Vaccination in Bombay 1874-1876 - 1874-1876
Year: 1874
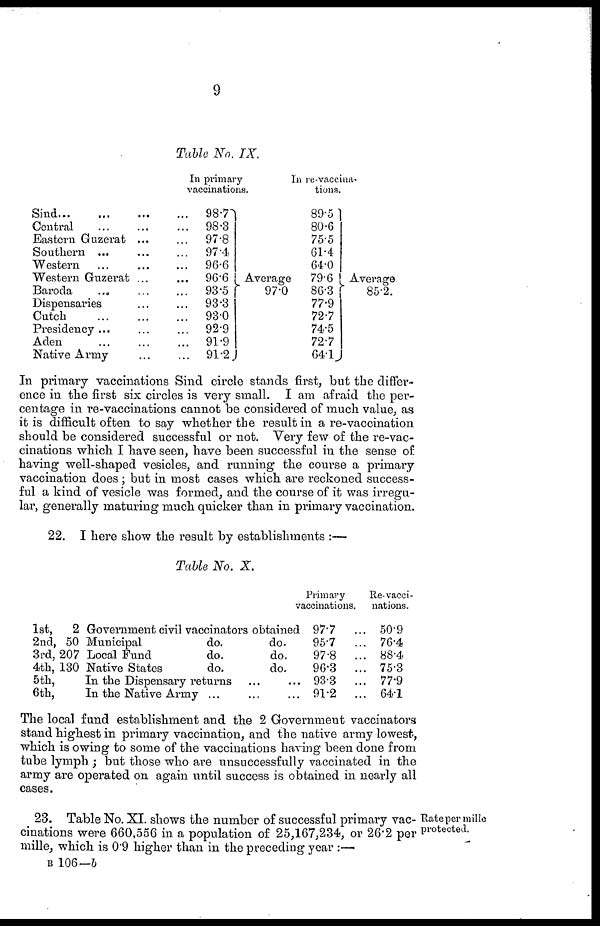
9
Table No. IX.
Sind
...
...
...
...
Central ... ... ...
Eastern Guzerat ... ...
Southern ... ... ...
Western ... ... ...
Western Guzerat ... ...
Baroda ... ... ...
Dispensaries ... ...
Cutch
...
...
...
Presidency ... ... ...
Aden ... ... ...
Native Army ... ...
In primary
vaccinations.
98.7
98.3
97.8
97.4
96.6
96.6
93.5
93.3
93.0
92.9
91.9
91.2
Average
97.0
In re-vaccina-
tions.
89.5
80.6
75.5
61.4
64.0
79.6
86.3
77.9
72.7
74.5
72.7
64.1
Average
85.2.
In primary vaccinations Sind circle stands first, but the differ-
ence in the first six circles is very small. I am afraid the per-
centage in re-vaccinations cannot be considered of much value, as
it is difficult often to say whether the result in a re-vaccination
should be considered successful or not. Very few of the re-vac-
cinations which I have seen, have been successful in the sense of
having well-shaped vesicles, and running the course a primary
vaccination does ; but in most cases which are reckoned success-
ful a kind of vesicle was formed, and the course of it was irregu-
lar, generally maturing much quicker than in primary vaccination.
22. I here show the result by establishments :—
Table No. X.
1st,
2nd,
3rd,
4th,
5th,
6th,
2 Government civil vaccinators obtained
50 Municipal
do.
do.
207 Local Fund
do.
do.
130 Native States
do.
do.
In the Dispensary returns
...
...
In the Native Army ...
...
...
Primary
vaccinations.
97.7 ...
95.7 ...
97.8
...
96.3
...
93.3 ...
91.2 ...
Re-vacci-
nations.
50.9
76.4
88.4
75.3
77.9
64.1
The local fund establishment and the 2 Government vaccinators
stand highest in primary vaccination, and the native army lowest,
which is owing to some of the vaccinations having been done from
tube lymph ; but those who are unsuccessfully vaccinated in the
army are operated on again until success is obtained in nearly all
cases.
Rate per mille
protected.
23. Table No. XI. shows the number of successful primary vac-
cinations were 660,556 in a population of 25,167,234, or 26.2 per
mille, which is 0.9 higher than in the preceding year :—
B 106—b